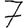
Digit: 7